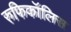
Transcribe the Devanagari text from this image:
रुफिकॉलिस